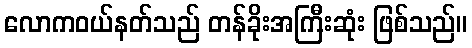
လောကဝယ်နတ်သည် တန်ခိုးအကြီးဆုံး ဖြစ်သည်။